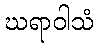
ဃရာဝါသံ